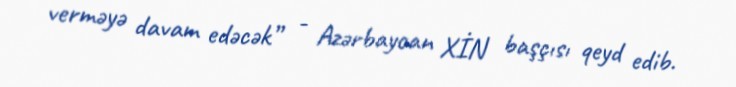
verməyə davam edəcək” - Azərbaycan XİN başçısı qeyd edib.